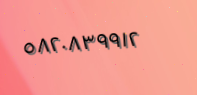
٥٨٢٠٨٣٩٩١٢